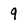
Character: 9